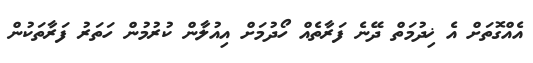
އެއްގޮތަށް އެ ޚިދުމަތް ދޭނެ ފަރާތެއް ހޯދުމަށް އިއުލާން ކުރުމުން ހަތަރު ފަރާތަކުން